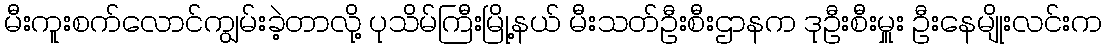
မီးကူးစက်လောင်ကျွမ်းခဲ့တာလို့ ပုသိမ်ကြီးမြို့နယ် မီးသတ်ဦးစီးဌာနက ဒုဦးစီးမှူး ဦးနေမျိုးလင်းက